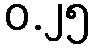
ဝ.၂၅